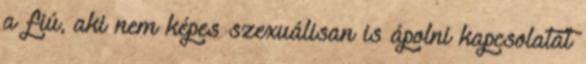
a fiú, aki nem képes szexuálisan is ápolni kapcsolatát